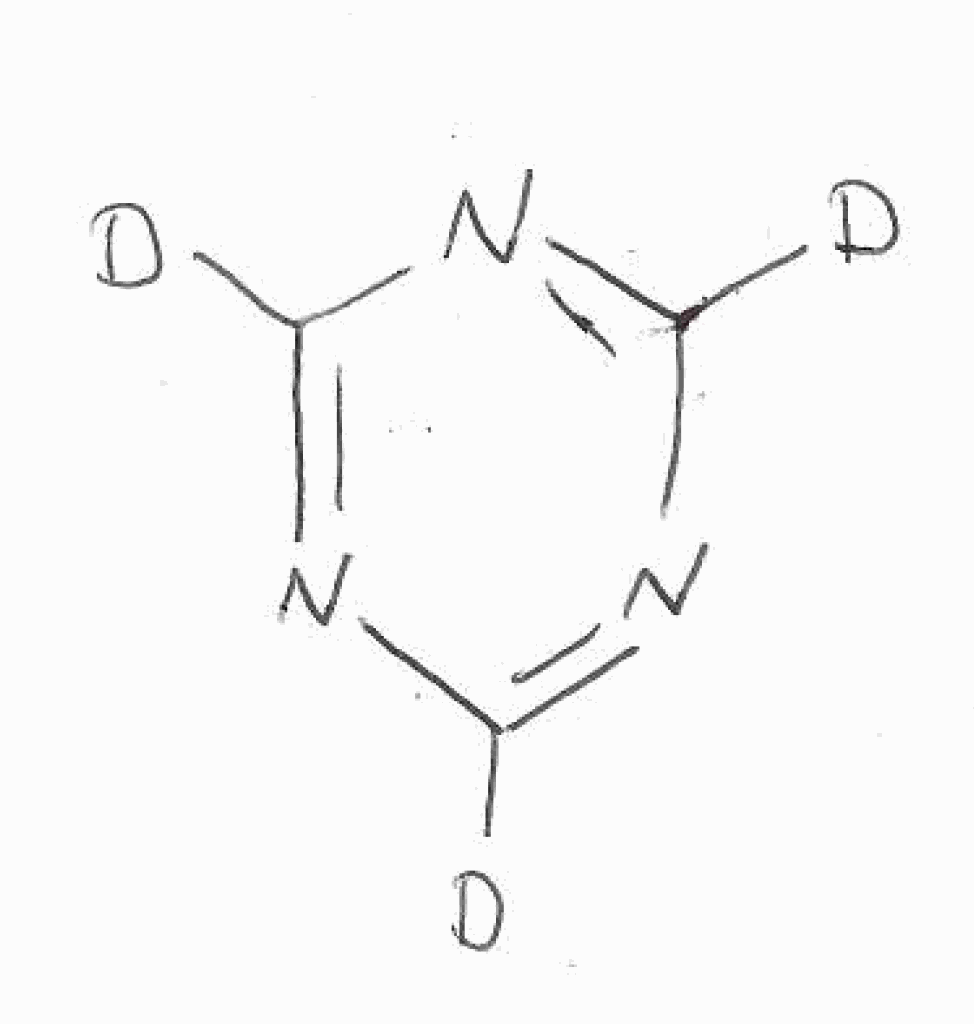
Simplified molecular-input line-entry system (SMILES) notation of the given molecule:
[2H]C1=NC(=NC(=N1)[2H])[2H]